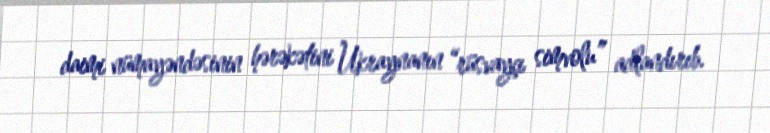
daimi nümayəndəsinin hərəkətini Ukraynanın “rüsvayçı simvolu” adlandırıb.